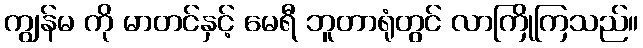
ကျွန်မ ကို မာတင်နှင့် မေရီ ဘူတာရုံတွင် လာကြိုကြသည်။